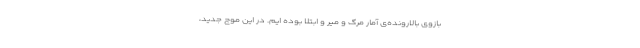
بازوی بالارونده‌ی آمار مرگ و میر و ابتلا بوده ایم. در این موج جدید،